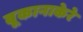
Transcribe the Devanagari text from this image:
बूकानाकेरे